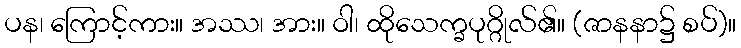
ပန၊ ကြောင့်ကား။ အဿ၊ အား။ ဝါ၊ ထိုသေက္ခပုဂ္ဂိုလ်၏။ (ဇာနနာ၌ စပ်)။